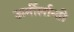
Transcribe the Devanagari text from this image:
ऊर्मीर्लान्ती